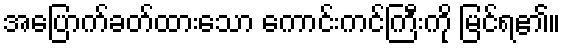
အပြောက်ခတ်ထားသော ကောင်းကင်ကြီးကို မြင်ရ၏။